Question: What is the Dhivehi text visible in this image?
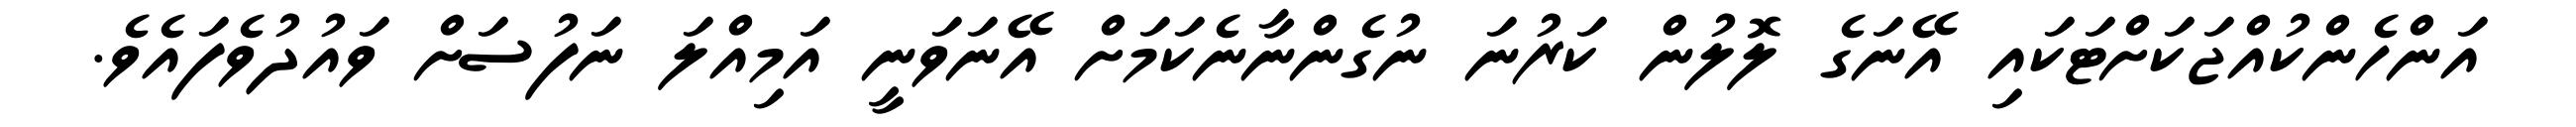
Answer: އަންހެންކުއްޖަކަށްޓަކައި އޭނަގެ ލޮލުން ކަރުނަ ނުގެންނާނެކަމަށް އޭނަވަނީ އަމިއްލަ ނަފުސަށް ވައުދުވެފައެވެ.